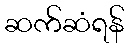
ဆက်ဆံရန်